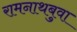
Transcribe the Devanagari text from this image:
रामनाथबुवा